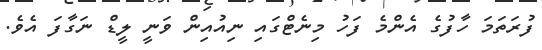
ފުރަތަމަ ހާފުގެ އެންމެ ފަހު މިނެޓްގައި ނިއުއިން ވަނީ ލީޑް ނަގާފަ އެވެ.